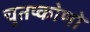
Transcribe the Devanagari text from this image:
चुतष्कोणों